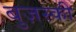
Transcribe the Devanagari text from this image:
बुज़स्की